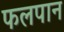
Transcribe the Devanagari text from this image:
फलपान